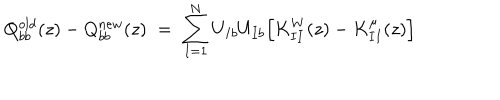
Q _ { b b } ^ { o l d } ( z ) - Q _ { b b } ^ { n e w } ( z ) \; = \; \sum _ { I = 1 } ^ { N } U _ { I b } U _ { I b } \Big [ K _ { I I } ^ { W } ( z ) - K _ { I I } ^ { \mu } ( z ) \Big ]